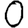
Digit: 0